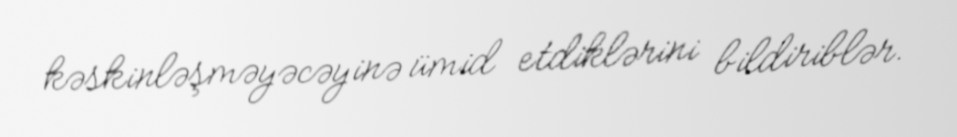
kəskinləşməyəcəyinə ümid etdiklərini bildiriblər.